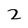
Character: 2